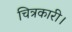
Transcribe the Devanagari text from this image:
चित्रकारी।